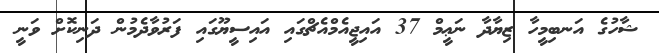
ޝާހުގެ އަނބިމީހާ ޒިޔާދާ ނަޢީމް 37 އައިޖީއެމްއެޗްގައި އައިސީޔޫގައި ފަރުވާދެމުން ދަނިކޮށް ވަނީ